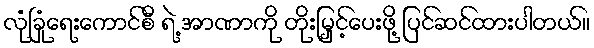
လုံခြုံရေးကောင်စီ ရဲ့ အာဏာကို တိုးမြှင့်ပေးဖို့ ပြင်ဆင်ထားပါတယ်။